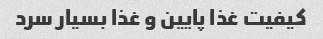
کیفیت غذا پایین و غذا بسیار سرد